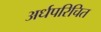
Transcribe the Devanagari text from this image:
अर्धपरिचित